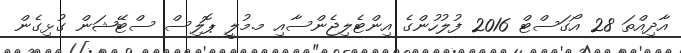
އާދިއްތަ 28 އޯގަސްޓް 2016 ފުލުހުންގެ އިންޓެލިޖެންސާއި މ.މުލީ ޕޮލިސް ސްޓޭޝަން ގުޅިގެން